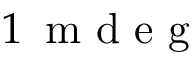
1 \, \textrm { m d e g }